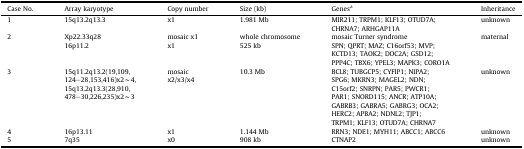
<table><thead><tr><td><b>Case No.</b></td><td><b>Array karyotype</b></td><td><b>Copy number</b></td><td><b>Size (kb)</b></td><td><b>Genesa</b></td><td><b>Inheritance</b></td></tr></thead><tbody><tr><td>1</td><td>15q13.2q13.3</td><td>x1</td><td>1.981 Mb</td><td>MIR211; TRPM1; KLF13; OTUD7A; CHRNA7; ARHGAP11A</td><td>unknown</td></tr><tr><td>2</td><td>Xp22.33q2816p11.2</td><td>mosaic x1x1</td><td>whole chromosome525 kb</td><td>mosaic Turner syndromeSPN; QPRT; MAZ; C16orf53; MVP; KCTD13; TAOK2; DOC2A; GSD12; PPP4C; TBX6; YPEL3; MAPK3; CORO1A</td><td>maternal</td></tr><tr><td>3</td><td>15q11.2q13.2(19,109,124–28,153,416)x2∼4,15q13.2q13.3(28,910,478–30,226,235)x2∼3</td><td>mosaicx2/x3/x4</td><td>10.3 Mb</td><td>BCL8; TUBGCP5; CYFIP1; NIPA2; SPG6; MKRN3; MAGEL2; NDN; C15orf2; SNRPN; PAR5; PWCR1; PAR1; SNORD115; ANCR; ATP10A; GABRB3; GABRA5; GABRG3; OCA2; HERC2; APBA2; NDNL2; TJP1; TRPM1; KLF13; OTUD7A; CHRNA7</td><td>unknown</td></tr><tr><td>4</td><td>16p13.11</td><td>x1</td><td>1.144 Mb</td><td>RRN3; NDE1; MYH11; ABCC1; ABCC6</td><td>unknown</td></tr><tr><td>5</td><td>7q35</td><td>x0</td><td>908 kb</td><td>CTNAP2</td><td>unknown</td></tr></tbody></table>